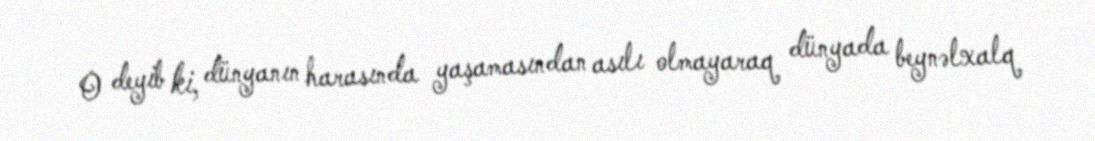
O deyib ki, dünyanın harasında yaşamasından asılı olmayaraq dünyada beynəlxalq